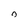
Character: 0